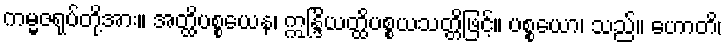
ကမ္မဇရုပ်တို့အား။ အတ္ထိပစ္စယေန၊ ဣန္ဒြိယတ္ထိပစ္စယသတ္တိဖြင့်။ ပစ္စယော၊ သည်။ ဟောတိ၊